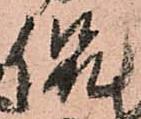
侃